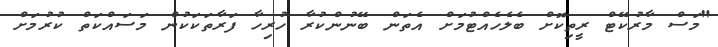
"މަސް މާރުކޭޓް ރީތިކޮށް ބެލެހެއްޓުމަށް އެތަން ބޭނުންކުރާ ހުރިހާ ފަރާތަކަކުން މަސައްކަތް ކުރުމަށް